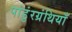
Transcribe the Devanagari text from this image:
पांडुंरग्रंथियाँ